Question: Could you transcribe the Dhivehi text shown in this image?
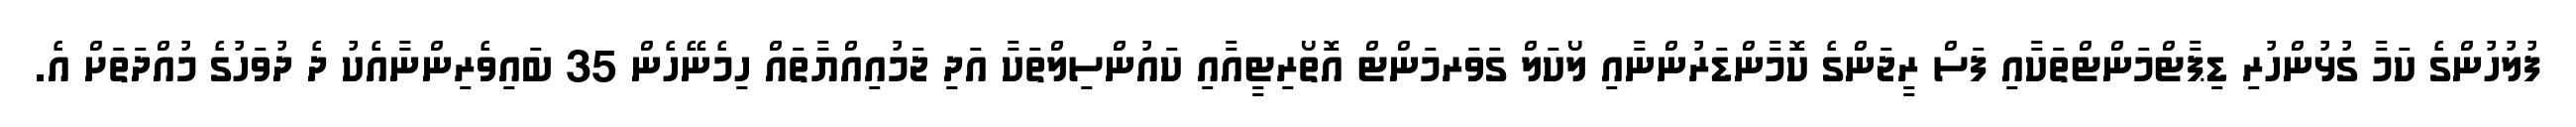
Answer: ފުލުހުންގެ ކަމާ ގުޅުންހުރި ޑިޕާޓްމަންޓްތަކާއި ފަސް ރީޖަންގެ ކޮމާންޑަރުންނާއި ލޯކަލް ގަވަރމަންޓް އޮތޯރިޓީއާއި ކައުންސިލްތަކާ އަދި ޖަމުއިއްޔާތައް ހިމެނޭހެން 35 ބައިވެރިންނާއެކު ދެ ދުވަހުގެ މުއްދަތަށް އެ.